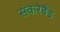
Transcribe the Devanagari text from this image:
संकरेबैंड